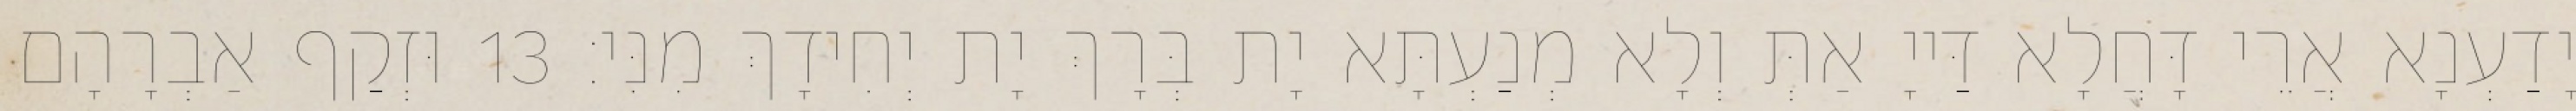
יָדַעְנָא אֲרֵי דָּחֲלָא דַּייָ אַתְּ וְלָא מְנַעְתָּא יָת בְּרָךְ יָת יְחִידָךְ מִנִּי׃ 13 וּזְקַף אַבְרָהָם